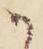
か